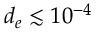
d _ { e } \lesssim 1 0 ^ { - 4 }